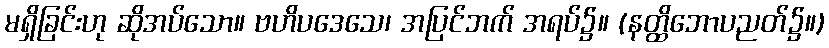
မရှိခြင်းဟု ဆိုအပ်သော။ ဗဟိပဒေသေ၊ အပြင်ဘက် အရပ်၌။ (နတ္ထိဘောပညတ်၌။)